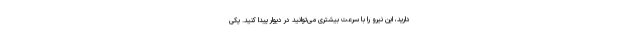
دارید، این نیرو را با سرعت بیشتری می‌توانید در دیوار پیدا کنید. یکی